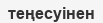
теңесуінен